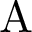
\mathrm { A }